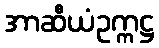
အာဆီယံဥက္ကဋ္ဌ